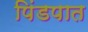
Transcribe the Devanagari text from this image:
पिंडपात